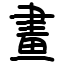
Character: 畫